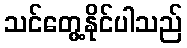
သင်တွေ့နိုင်ပါသည်